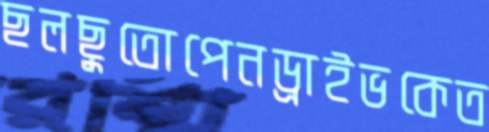
ছলছুতোপেনড্রাইভকেত